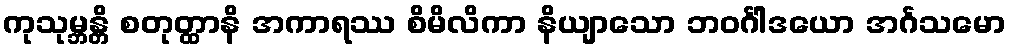
ကုသုမ္ဘန္တိ စတုတ္ထာနိ အကာရဿ စိမိလိကာ နိယျာသော ဘဝင်္ဂါဒယော အင်္ဂသမော